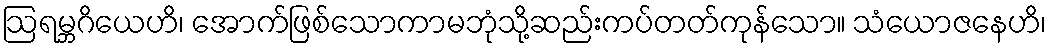
ဩရမ္ဘဂိယေဟိ၊ အောက်ဖြစ်သောကာမဘုံသို့ဆည်းကပ်တတ်ကုန်သော။ သံယောဇနေဟိ၊